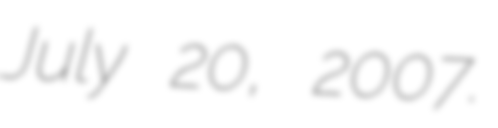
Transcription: July 20, 2007.